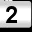
Digit: 2